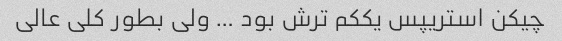
چیکن استریپس یککم ترش بود … ولی بطور کلی عالی